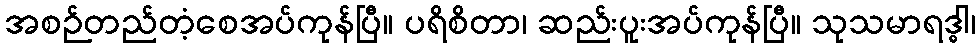
အစဉ်တည်တံ့စေအပ်ကုန်ပြီ။ ပရိစိတာ၊ ဆည်းပူးအပ်ကုန်ပြီ။ သုသမာရဒ္ဓါ၊